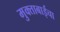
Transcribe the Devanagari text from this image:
मुक्ताबाईचा